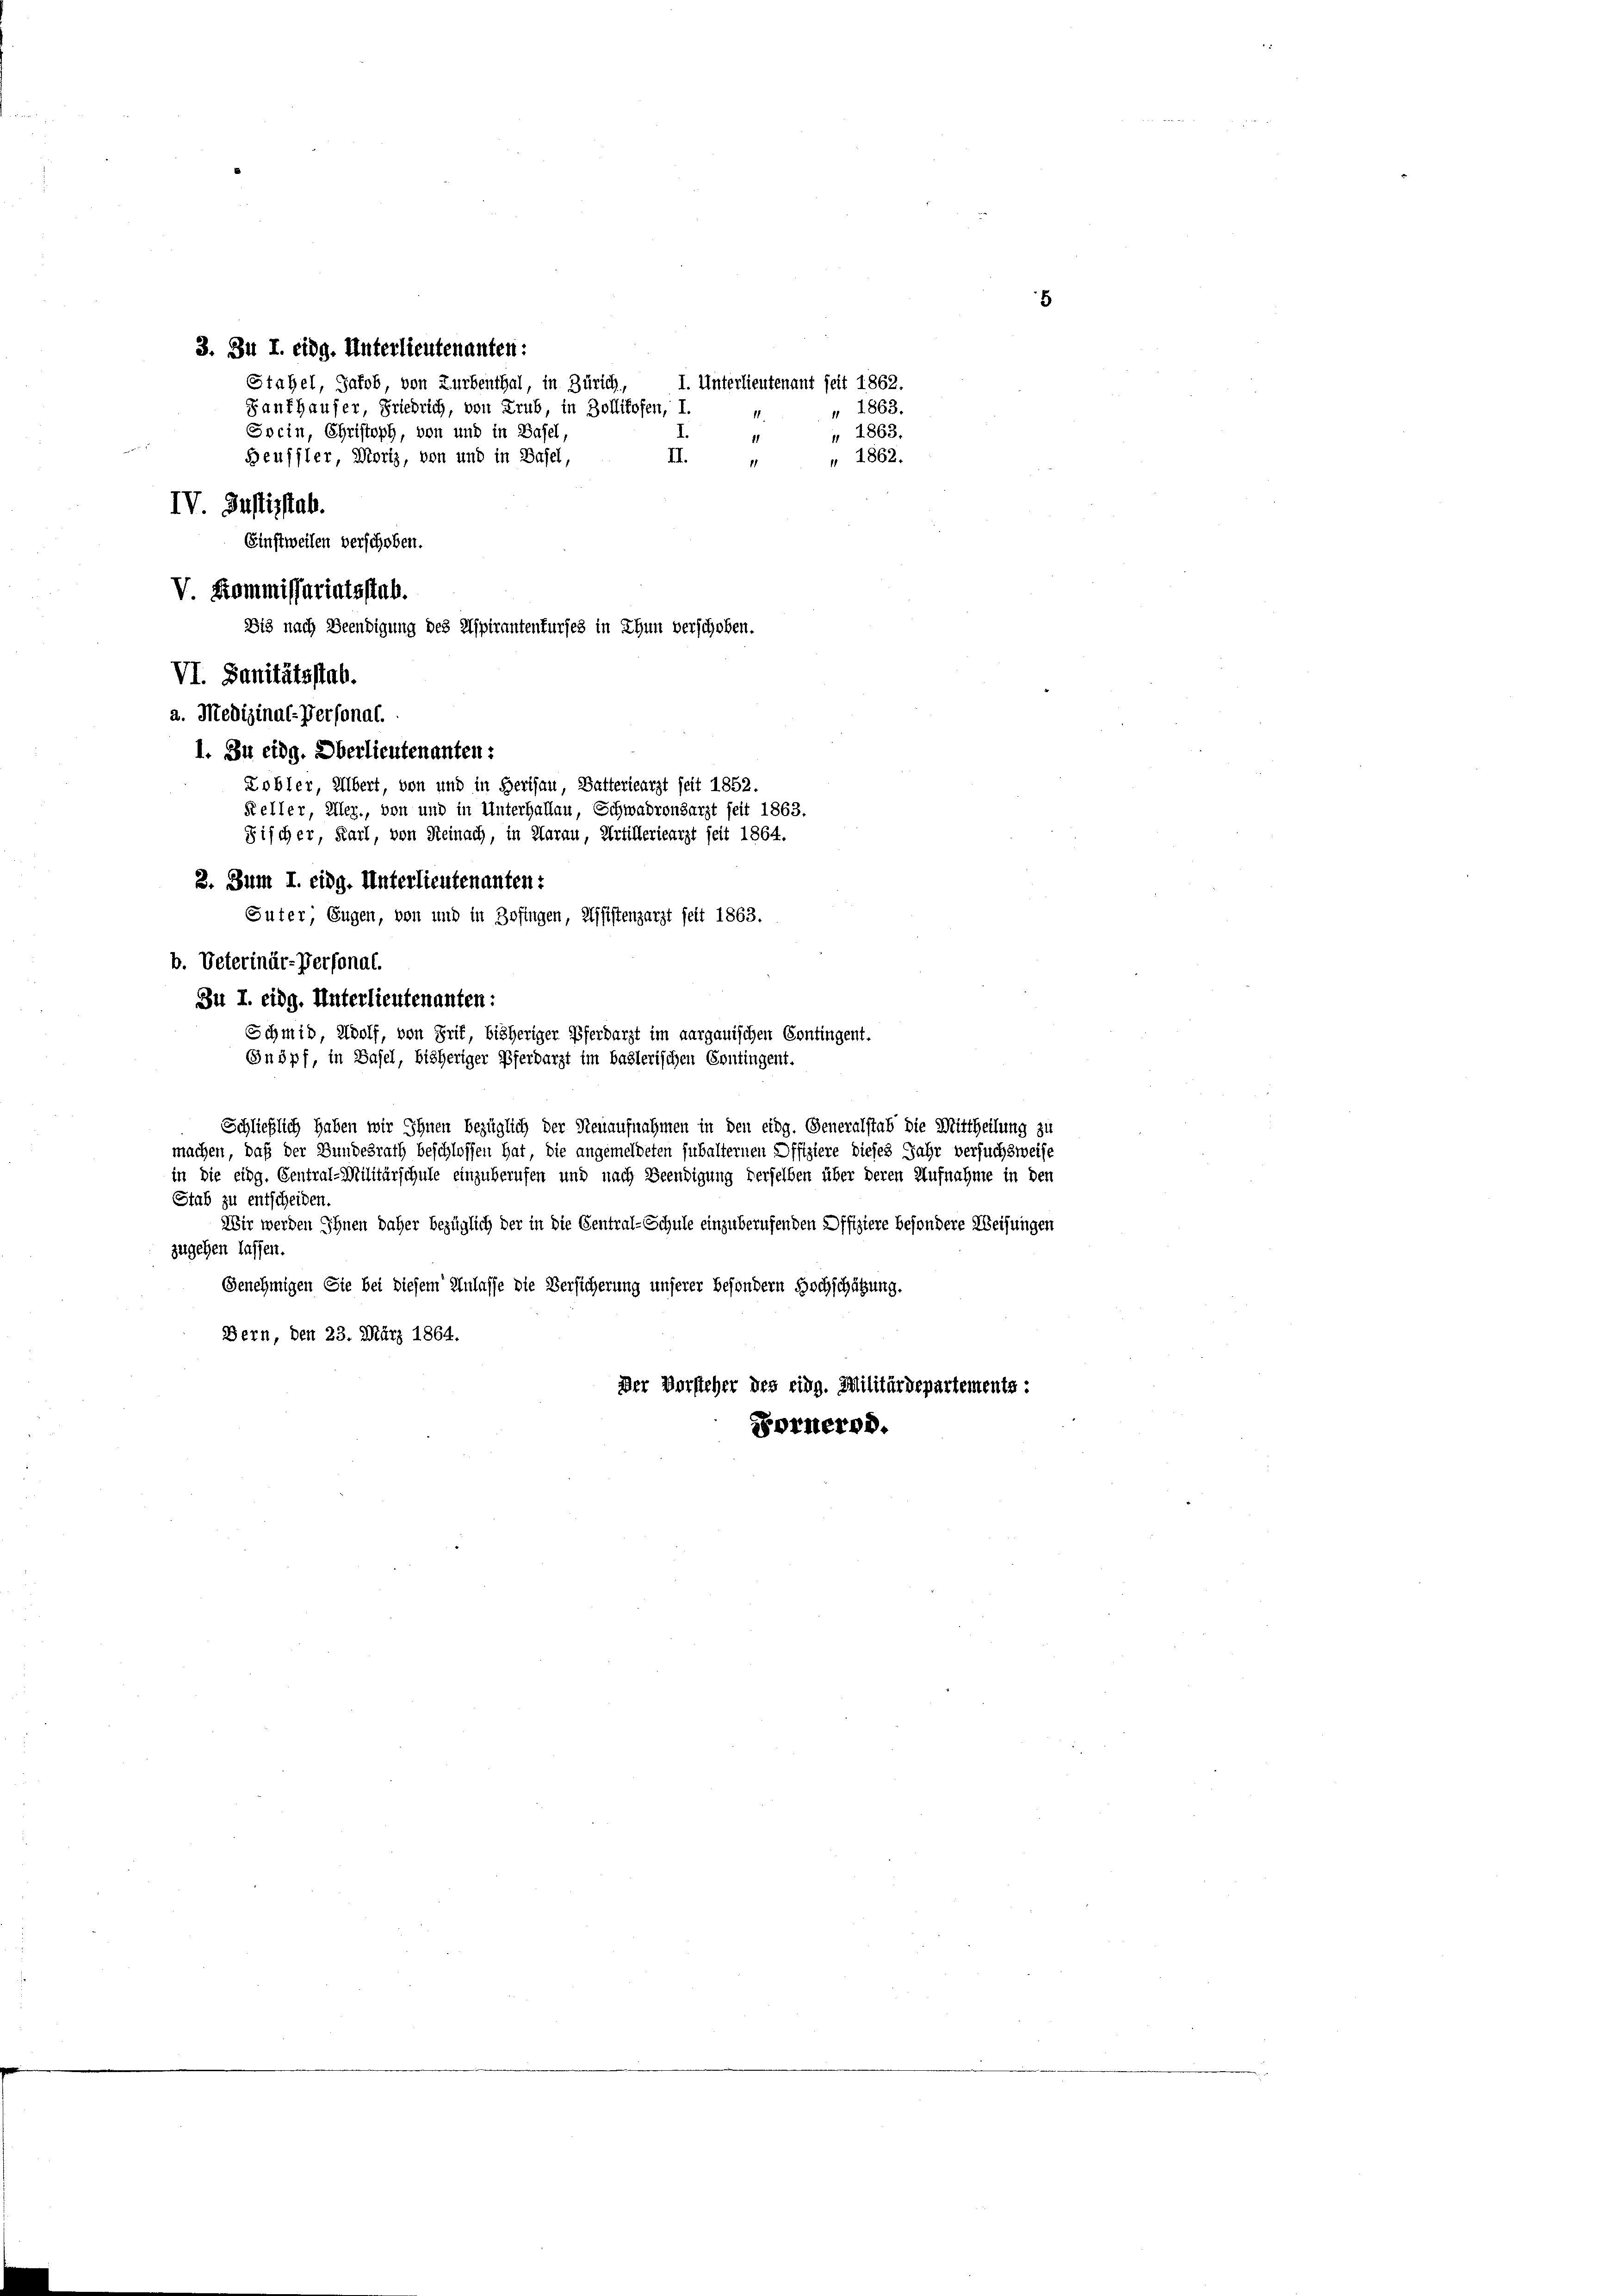
3. Zu I. eidg. Unterlieutenanten:
Stahel, Jakob, von Zurbenthal, in Zürich, I. Unterlieutenant seit 1862.
Raufhauser, Friedrich, von Trub, in Zollikofen, I.
Socin, Christoph, von und in Basel,
11
II.
Beussler, Moriz, von und in Basel,
" " 1862.
IV. Justizstab.
Finstweilen verschoben.
V. Kommissariatsstab.

Dis nach Beendigung des Aspirantenturses in Thun verschoben.
VI. Sanitätsstab.
a. Medizinal-Personat.
1. Zu eidg. Oberlieutenanten:
Kobler, Übert, von und in Berisau, Batteriearzt seit 1852.

Fischer, Karl, von Reinach, in Aarau, Artilleriearzt seit 1864.
2. Zum I. eidg. Unterlieutenanten:
Suter, Eugen, von und in Zofingen, Assistenzarzt seit 1863.
b. Veterinär-Personal.
Bu I. eidg. Unterlieutenanten:
Schmid, Wolf, von Prit, bisheriger Pferdarzt im aargauischen Contingent.
Inöpf, in Basel, bisheriger Pferdarzt im baslerischen Erutingent.
Schließlich haben wir Ihnen bezüglich der Neuaufnahmen in den eidg. Generalstab die Mittheilung zu

" 1863.

Keller, Aller, von und in Unterhallen, Schwadronsarzt seit 1863.
machen, daß der Bundesrath beschlossen hat, die angemeldeten subalternen Offiziere dieses Jahr versuchsweise
in die eidg. Central-Militärschule einzuberufen und nach Beendigung derselben über deren Aufnahme in den
Stab zu entscheiden.
Wir werden Ihnen daher bezüglich der in die Central-Schule einzuberufenden Offiziere besondere Weisungen
zugehen lassen.
Genehmigen Sie bei diesem Anlasse die Versicherung unserer besondern Hochschätzung.
Bern, den 23. März 1864.
Der Vorsteher des eidg. Militärdepartements:
Fornern.

" 1863.